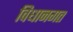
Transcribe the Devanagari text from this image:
विधानगत